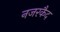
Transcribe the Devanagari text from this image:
नजरकैद